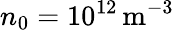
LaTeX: n_{0}=10^{12}\, \mathrm{m^{-3}}